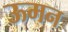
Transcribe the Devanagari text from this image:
ऊमन